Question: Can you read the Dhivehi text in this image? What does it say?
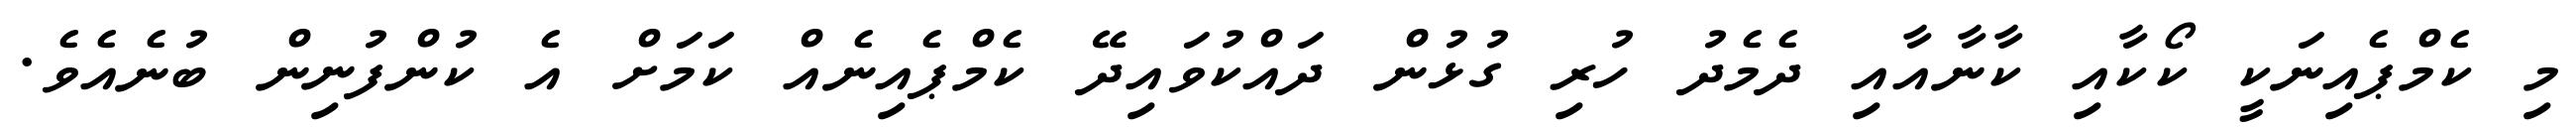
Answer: މި ކެމްޕެއިނަކީ ކޯކާއި ކާނާއާއި ދެމެދު ހުރި ގުޅުން ދައްކުވައިދޭ ކެމްޕެއިނެއް ކަމަށް އެ ކުންފުނިން ބުނެއެވެ.